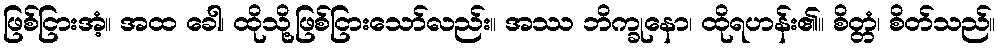
ဖြစ်ငြားအံ့။ အထ ခေါ၊ ထိုသို့ဖြစ်ငြားသော်လည်း။ အဿ ဘိက္ခုနော၊ ထိုရဟန်း၏။ စိတ္တံ၊ စိတ်သည်။